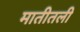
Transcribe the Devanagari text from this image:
मातीतली